Report on sanitation, dispensaries, and jails in Rajputana for 1911, and on vaccination for the year 1911-1912 - 1911-1912
Year: 1911
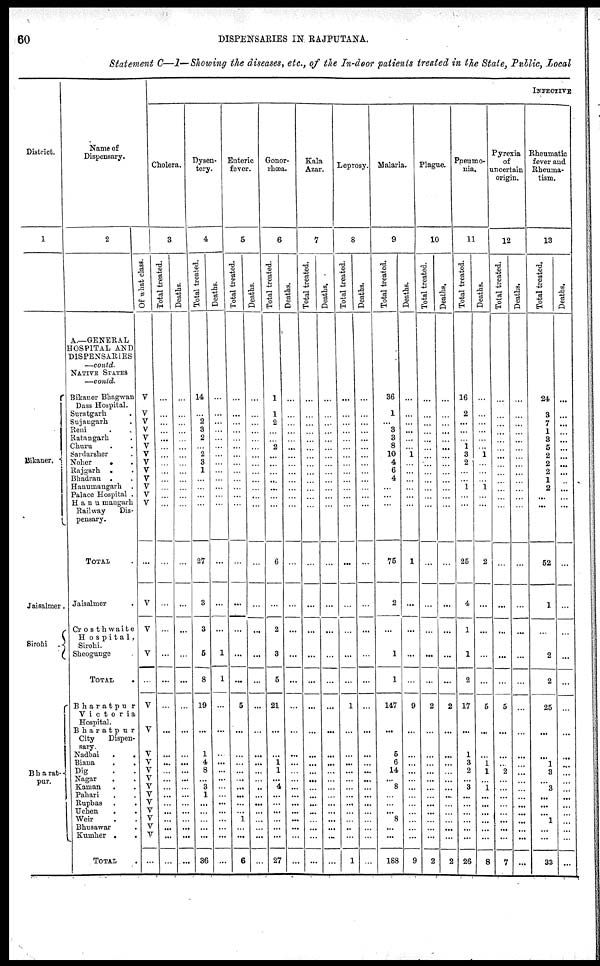
60
DISPENSARIES IN RAJPUTANA.
Statement C—I—Showing the diseases, etc., of the In-door patients treated in the State, Public, Local
District.
1
Bikaner.
Jaisalmer.
Sirohi .
Bharat¬
pur.
Name of
Dispensary.
2
A.—GENERAL
HOSPITAL AND
DISPENSARIES
—contd.
NATIVE STATES
—contd.
Bikaner Bhagwan
Dass Hospital.
Suratgarh .
Sujaugarh .
Reni . .
Ratangarh .
Churu . .
Savdarsher .
Noher
. .
Rajgarh. .
Bhadran . .
Hanumangarh .
Palace Hospital .
Hanumangarh
Railway
Dis-
pensary.
TOTAL .
Jaisalmer .
Crosthwaite
Hospital,
Sirohi.
Sheogunge
TOTAL .
Bharatpur
Victoria
Hospital.
Bharatpur
City
Dispen-
sary.
Nadbai
.
.
Biana . .
Dig . .
Nagar . .
Kaman
. .
Pahari . .
Rupbas . .
Uchen
. .
Weir . .
Bhusawar
Kumher .
.
TOTAL .
Of what class.
V
V
V
V
V
V
V
V
V
V
V
V
V
...
V
V
V
...
V
V
V
V
V
V
V
V
V
V
V
V
V
...
INFECTIVE
Cholera.
3
Total treated.
...
...
...
...
...
...
...
...
...
...
...
...
...
...
...
...
...
...
...
...
...
...
...
...
...
...
...
...
...
...
...
...
Deaths.
...
...
...
...
...
...
...
...
...
...
...
...
...
...
...
...
...
...
...
...
...
...
...
...
...
...
...
...
...
...
...
...
Dysen-
tery.
4
Total treated.
14
...
2
3
2
...
2
3
1
...
...
...
...
27
3
3
5
8
19
...
1
4
8
... 3
1
...
...
...
...
...
36
Deaths.
...
...
...
...
...
...
...
...
...
...
...
...
...
...
...
...
1
1
...
...
...
...
...
...
...
...
...
...
...
...
...
...
Enteric
fever.
5
Total treated.
...
...
...
...
...
...
...
...
...
...
...
...
...
...
...
...
...
...
5
...
...
...
...
...
...
...
...
... 1
...
...
6
Deaths.
...
...
...
...
...
...
...
...
...
...
...
...
...
...
...
...
...
...
...
...
...
...
...
...
...
...
...
...
...
...
...
...
Gonor-
rhœa.
6
Total treated.
1
1
2
...
...
2
...
...
...
...
...
...
...
6
...
2
3
5
21
...
...
1
1
... 4
...
...
...
...
...
...
27
Deaths.
...
...
...
...
...
...
...
...
...
...
...
...
...
...
...
...
...
...
...
...
...
...
...
...
...
...
...
...
...
...
...
...
Kala
Azar.
7
Total treated.
...
...
...
...
...
...
...
...
...
...
...
...
...
...
...
...
...
...
...
...
...
...
...
...
...
...
...
...
...
...
...
...
Deaths.
...
...
...
...
...
...
...
...
...
...
...
...
...
...
...
...
...
...
...
...
...
...
...
...
...
...
...
...
...
...
...
...
Leprosy.
8
Total treated.
...
...
...
...
...
...
...
...
...
...
...
...
...
...
...
...
...
...
1
...
...
...
...
...
...
...
...
...
...
...
...
1
Deaths.
...
...
...
...
...
...
...
...
...
...
...
...
...
...
...
...
...
...
...
...
...
...
...
...
...
...
...
...
...
...
...
...
Malaria.
9
Total treated.
36
1
... 3
3
8
10
4
6
4
...
...
...
75
2
...
1
1
147
...
5
6
14
... 8
...
...
... 8
...
...
188
Deaths.
...
...
...
...
...
...
1
...
...
...
...
...
...
1
...
...
...
...
9
...
...
...
...
...
...
...
...
...
...
...
...
9
Plague.
10
Total treated.
...
...
...
...
...
...
...
...
...
...
...
...
...
...
...
...
...
...
2
...
...
...
...
...
...
...
...
...
...
...
...
2
Deaths.
...
...
...
...
...
...
...
...
...
...
...
...
...
...
...
...
...
...
2
...
...
...
...
...
...
...
...
...
...
...
...
2
Pneumo-
nia.
11
Total treated.
16
2
...
...
...
1
3
2
...
...
1
...
...
25
4
1
1
2
17
...
1
3
2
... 3
...
...
...
...
...
...
26
Deaths.
...
...
...
...
...
...
1
...
...
...
1
...
...
2
...
...
...
...
5
...
...
1
1
... 1
...
...
...
...
...
...
8
Pyrexia
of
uncertain
origin.
12
Total treated.
...
...
...
...
...
...
...
...
...
...
...
...
...
...
...
...
...
...
5
...
...
...
2
...
...
...
...
...
...
...
...
7
Deaths.
...
...
...
...
...
...
...
...
...
...
...
...
...
...
...
...
...
...
...
...
...
...
...
...
...
...
...
...
...
...
...
...
Rheumatic
fever and
Rheuma-
tism.
13
Total treated.
24
3
7
1
3
5
2
2
2
1
2
...
...
52
1
...
2
2
25
...
...
1
3
... 3
...
...
...
1
...
...
33
Deaths.
...
...
...
...
...
...
...
...
...
...
...
...
...
...
...
...
...
...
...
...
...
...
...
...
...
...
...
...
...
...
...
...